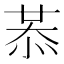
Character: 𢚈